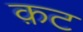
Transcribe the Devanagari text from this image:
क़ट